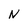
Character: N